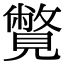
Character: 𧢍